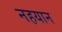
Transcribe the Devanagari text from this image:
नहयान